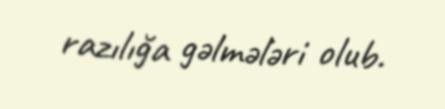
razılığa gəlmələri olub.